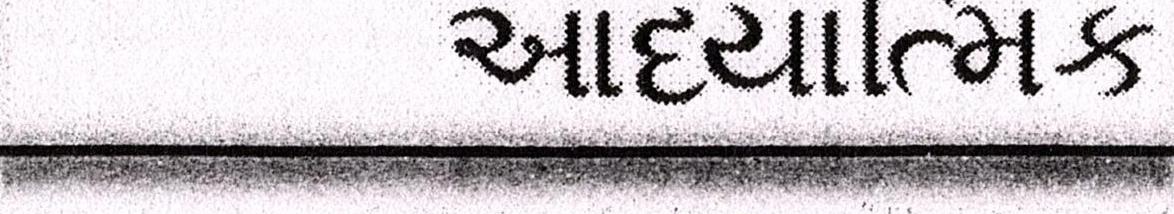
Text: આધ્યાત્મિક